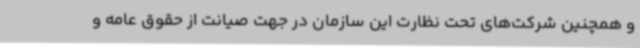
و همچنین شرکت‌های تحت نظارت این سازمان در جهت صیانت از حقوق عامه و